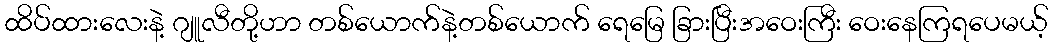
ထိပ်ထားလေးနဲ့ ဂျူလီတို့ဟာ တစ်ယောက်နဲ့တစ်ယောက် ရေမြေ ခြားပြီးအဝေးကြီး ဝေးနေကြရပေမယ့်